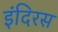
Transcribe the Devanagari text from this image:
इंदिरस